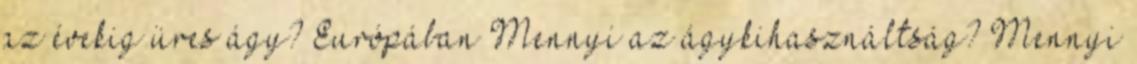
az évekig üres ágy? Európában Mennyi az ágykihasználtság? Mennyi